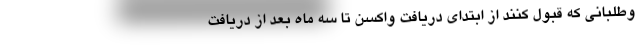
وطلبانی که قبول کنند از ابتدای دریافت واکسن تا سه ماه بعد از دریافت